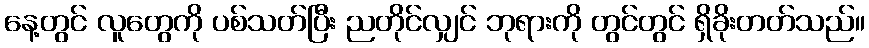
နေ့တွင် လူတွေကို ပစ်သတ်ပြီး ညတိုင်လျှင် ဘုရားကို တွင်တွင် ရှိခိုးတတ်သည်။